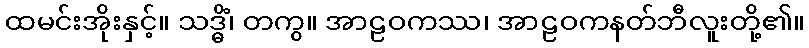
ထမင်းအိုးနှင့်။ သဒ္ဓိံ၊ တကွ။ အာဠဝကဿ၊ အာဠဝကနတ်ဘီလူးတို့၏။